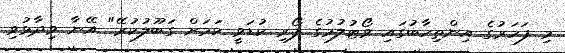
މި ފަހަރުގެ އިންތިހާބުގައި ވޯޓުލުމުގެ ފޯރި ކުޑަވީ ކަމަށް ގަބޫލުކުރޭ" އޭނާ ވިދާޅުވި